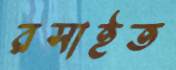
রসাইত